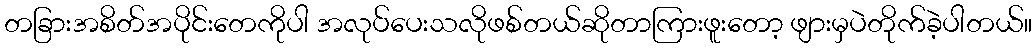
တခြားအစိတ်အပိုင်းတေကိုပါ အလုပ်ပေးသလိုဖစ်တယ်ဆိုတာကြားဖူးတော့ ဖျားမှပဲတိုက်ခဲ့ပါတယ်။